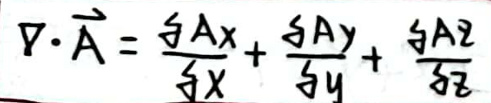
\(\nabla \cdot \vec{A} = \frac{\partial A_x}{\partial x} + \frac{\partial A_y}{\partial y} + \frac{\partial A_z}{\partial z}\)